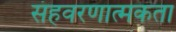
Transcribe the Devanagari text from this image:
संहवरणात्मकता